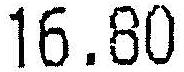
16.80